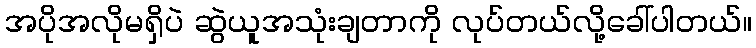
အပိုအလိုမရှိပဲ ဆွဲယူအသုံးချတာကို လုပ်တယ်လို့ခေါ်ပါတယ်။